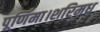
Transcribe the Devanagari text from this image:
पूर्णिमा।शरिमध